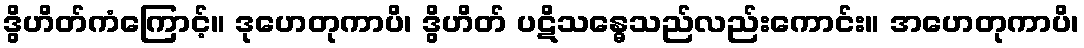
ဒွိဟိတ်ကံကြောင့်။ ဒုဟေတုကာပိ၊ ဒွိဟိတ် ပဋိသန္ဓေသည်လည်းကောင်း။ အဟေတုကာပိ၊